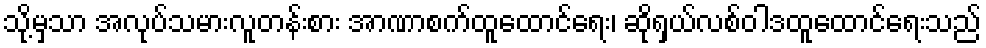
သို့မှသာ အလုပ်သမားလူတန်းစား အာဏာစက်ထူထောင်ရေး၊ ဆိုရှယ်လစ်ဝါဒထူထောင်ရေးသည်